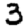
Digit: 3